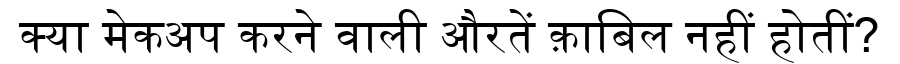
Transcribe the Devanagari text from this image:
क्या मेकअप करने वाली औरतें क़ाबिल नहीं होतीं?